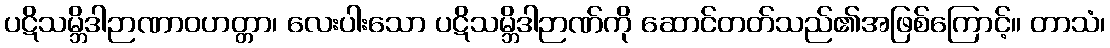
ပဋိသမ္ဘိဒါဉာဏာဝဟတ္တာ၊ လေးပါးသော ပဋိသမ္ဘိဒါဉာဏ်ကို ဆောင်တတ်သည်၏အဖြစ်ကြောင့်။ တာသံ၊